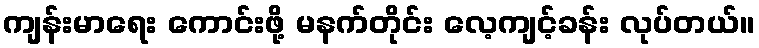
ကျန်းမာရေး ကောင်းဖို့ မနက်တိုင်း လေ့ကျင့်ခန်း လုပ်တယ်။